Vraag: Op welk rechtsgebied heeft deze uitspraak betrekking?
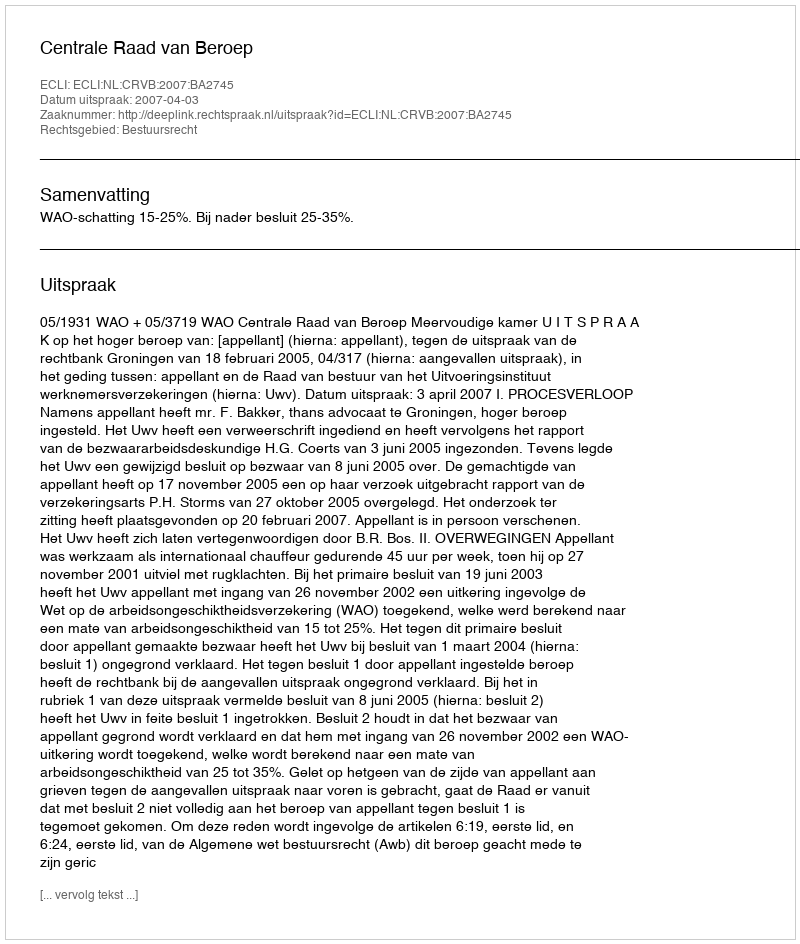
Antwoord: Bestuursrecht